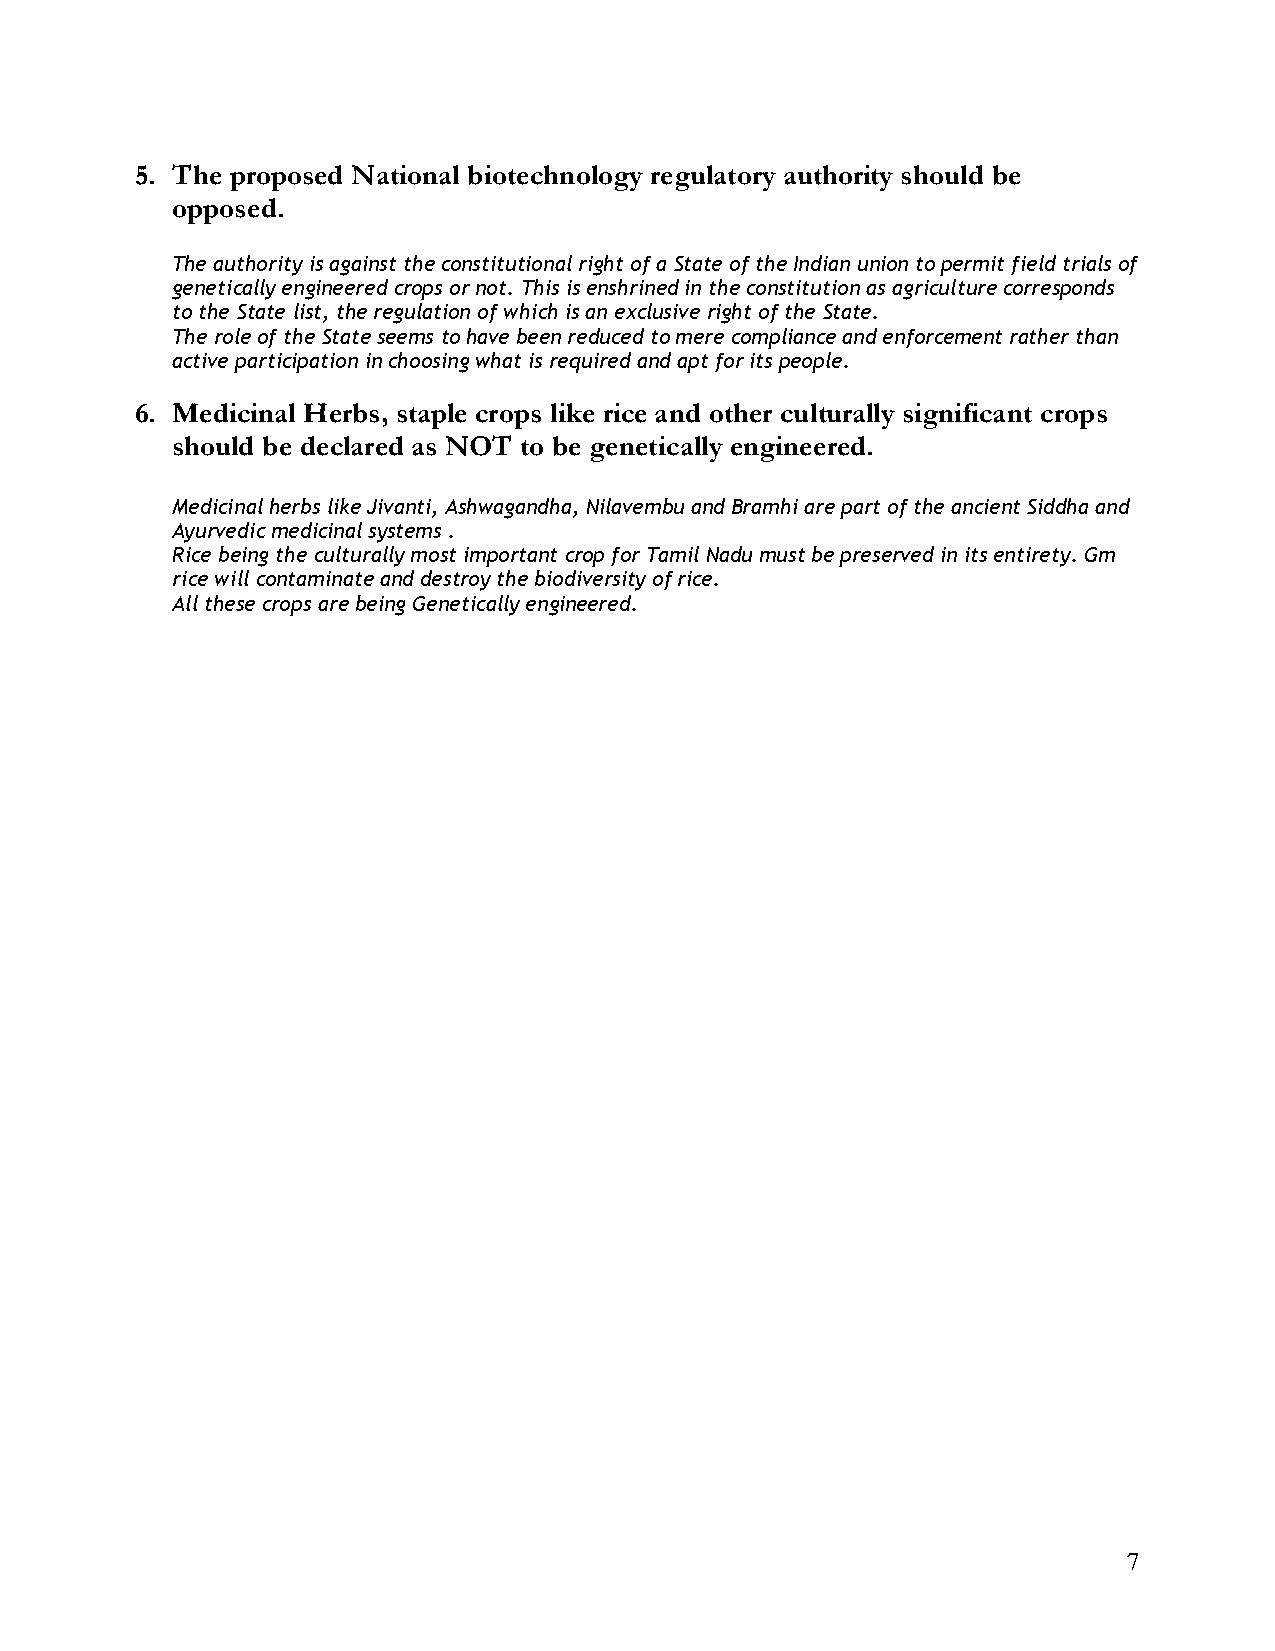
5. The proposed National biotechnology regulatory authority should be
 opposed.
 The authority is against the constitutional right of a State of the Indian union to permit field trials of
 genetically engineered crops or not. This is enshrined in the constitution as agriculture corresponds
 to the State list, the regulation of which is an exclusive right of the State.
 The role of the State seems to have been reduced to mere compliance and enforcement rather than
 active participation in choosing what is required and apt for its people.
 6. Medicinal Herbs, staple crops like rice and other culturally significant crops
 should be declared as NOT to be genetically engineered.
 Medicinal herbs like Jivanti, Ashwagandha, Nilavembu and Bramhi are part of the ancient Siddha and
 Ayurvedic medicinal systems .
 Rice being the culturally most important crop for Tamil Nadu must be preserved in its entirety. Gm
 rice will contaminate and destroy the biodiversity of rice.
 All these crops are being Genetically engineered.
 7